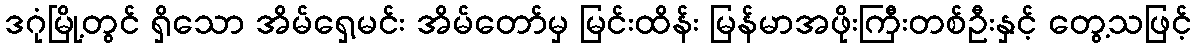
ဒဂုံမြို့တွင် ရှိသော အိမ်ရှေ့မင်း အိမ်တော်မှ မြင်းထိန်း မြန်မာအဖိုးကြီးတစ်ဦးနှင့် တွေ့သဖြင့်